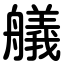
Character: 艤